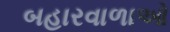
બહારવાળાઓ